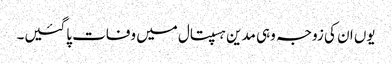
یوں ان کی زوجہ وہی مدین ہسپتال میں وفات پاگئیں۔